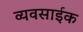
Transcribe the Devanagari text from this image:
व्यवसाईक